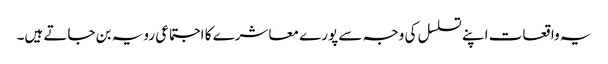
یہ واقعات اپنے تسلسل کی وجہ سے پورے معاشرے کا اجتماعی رویہ بن جاتے ہیں۔